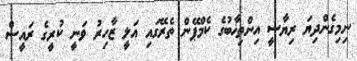
ނިމިގެންދިޔަ ރިޔާސީ އިންތިޚާބުގެ ކެމްޕޭން ތެރޭގައި އަލީ ޒާހިރު ވަނީ ކުރީގެ ރައީސް